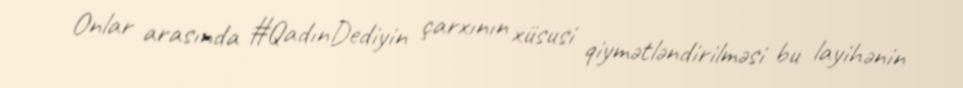
Onlar arasında #QadınDediyin çarxının xüsusi qiymətləndirilməsi bu layihənin